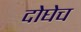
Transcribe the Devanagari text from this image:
दोघेच